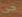
جى